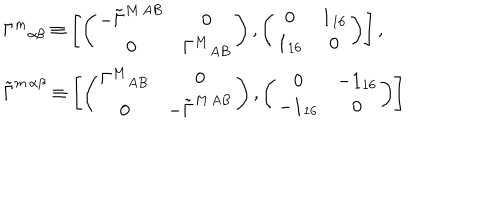
\begin{array} { l } { { { \Gamma ^ { m } } _ { \alpha \beta } \equiv \left[ \left( \begin{array} { c c } { { - \tilde { \Gamma } ^ { M \, A B } } } & { { 0 } } \\ { { 0 } } & { { { \Gamma ^ { M } } _ { A B } } } \\ \end{array} \right) , \left( \begin{array} { c c } { { 0 } } & { { { \bf 1 } _ { 1 6 } } } \\ { { { \bf 1 } _ { 1 6 } } } & { { 0 } } \\ \end{array} \right) \right] , } } \\ { { \tilde { \Gamma } ^ { m \, \alpha \beta } \equiv \left[ \left( \begin{array} { c c } { { { \Gamma ^ { M } } _ { A B } } } & { { 0 } } \\ { { 0 } } & { { - \tilde { \Gamma } ^ { M \, A B } } } \\ \end{array} \right) , \left( \begin{array} { c c } { { 0 } } & { { - { \bf 1 } _ { 1 6 } } } \\ { { - { \bf 1 } _ { 1 6 } } } & { { 0 } } \\ \end{array} \right) \right] } } \\ \end{array}